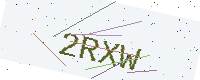
Text: 2RXW